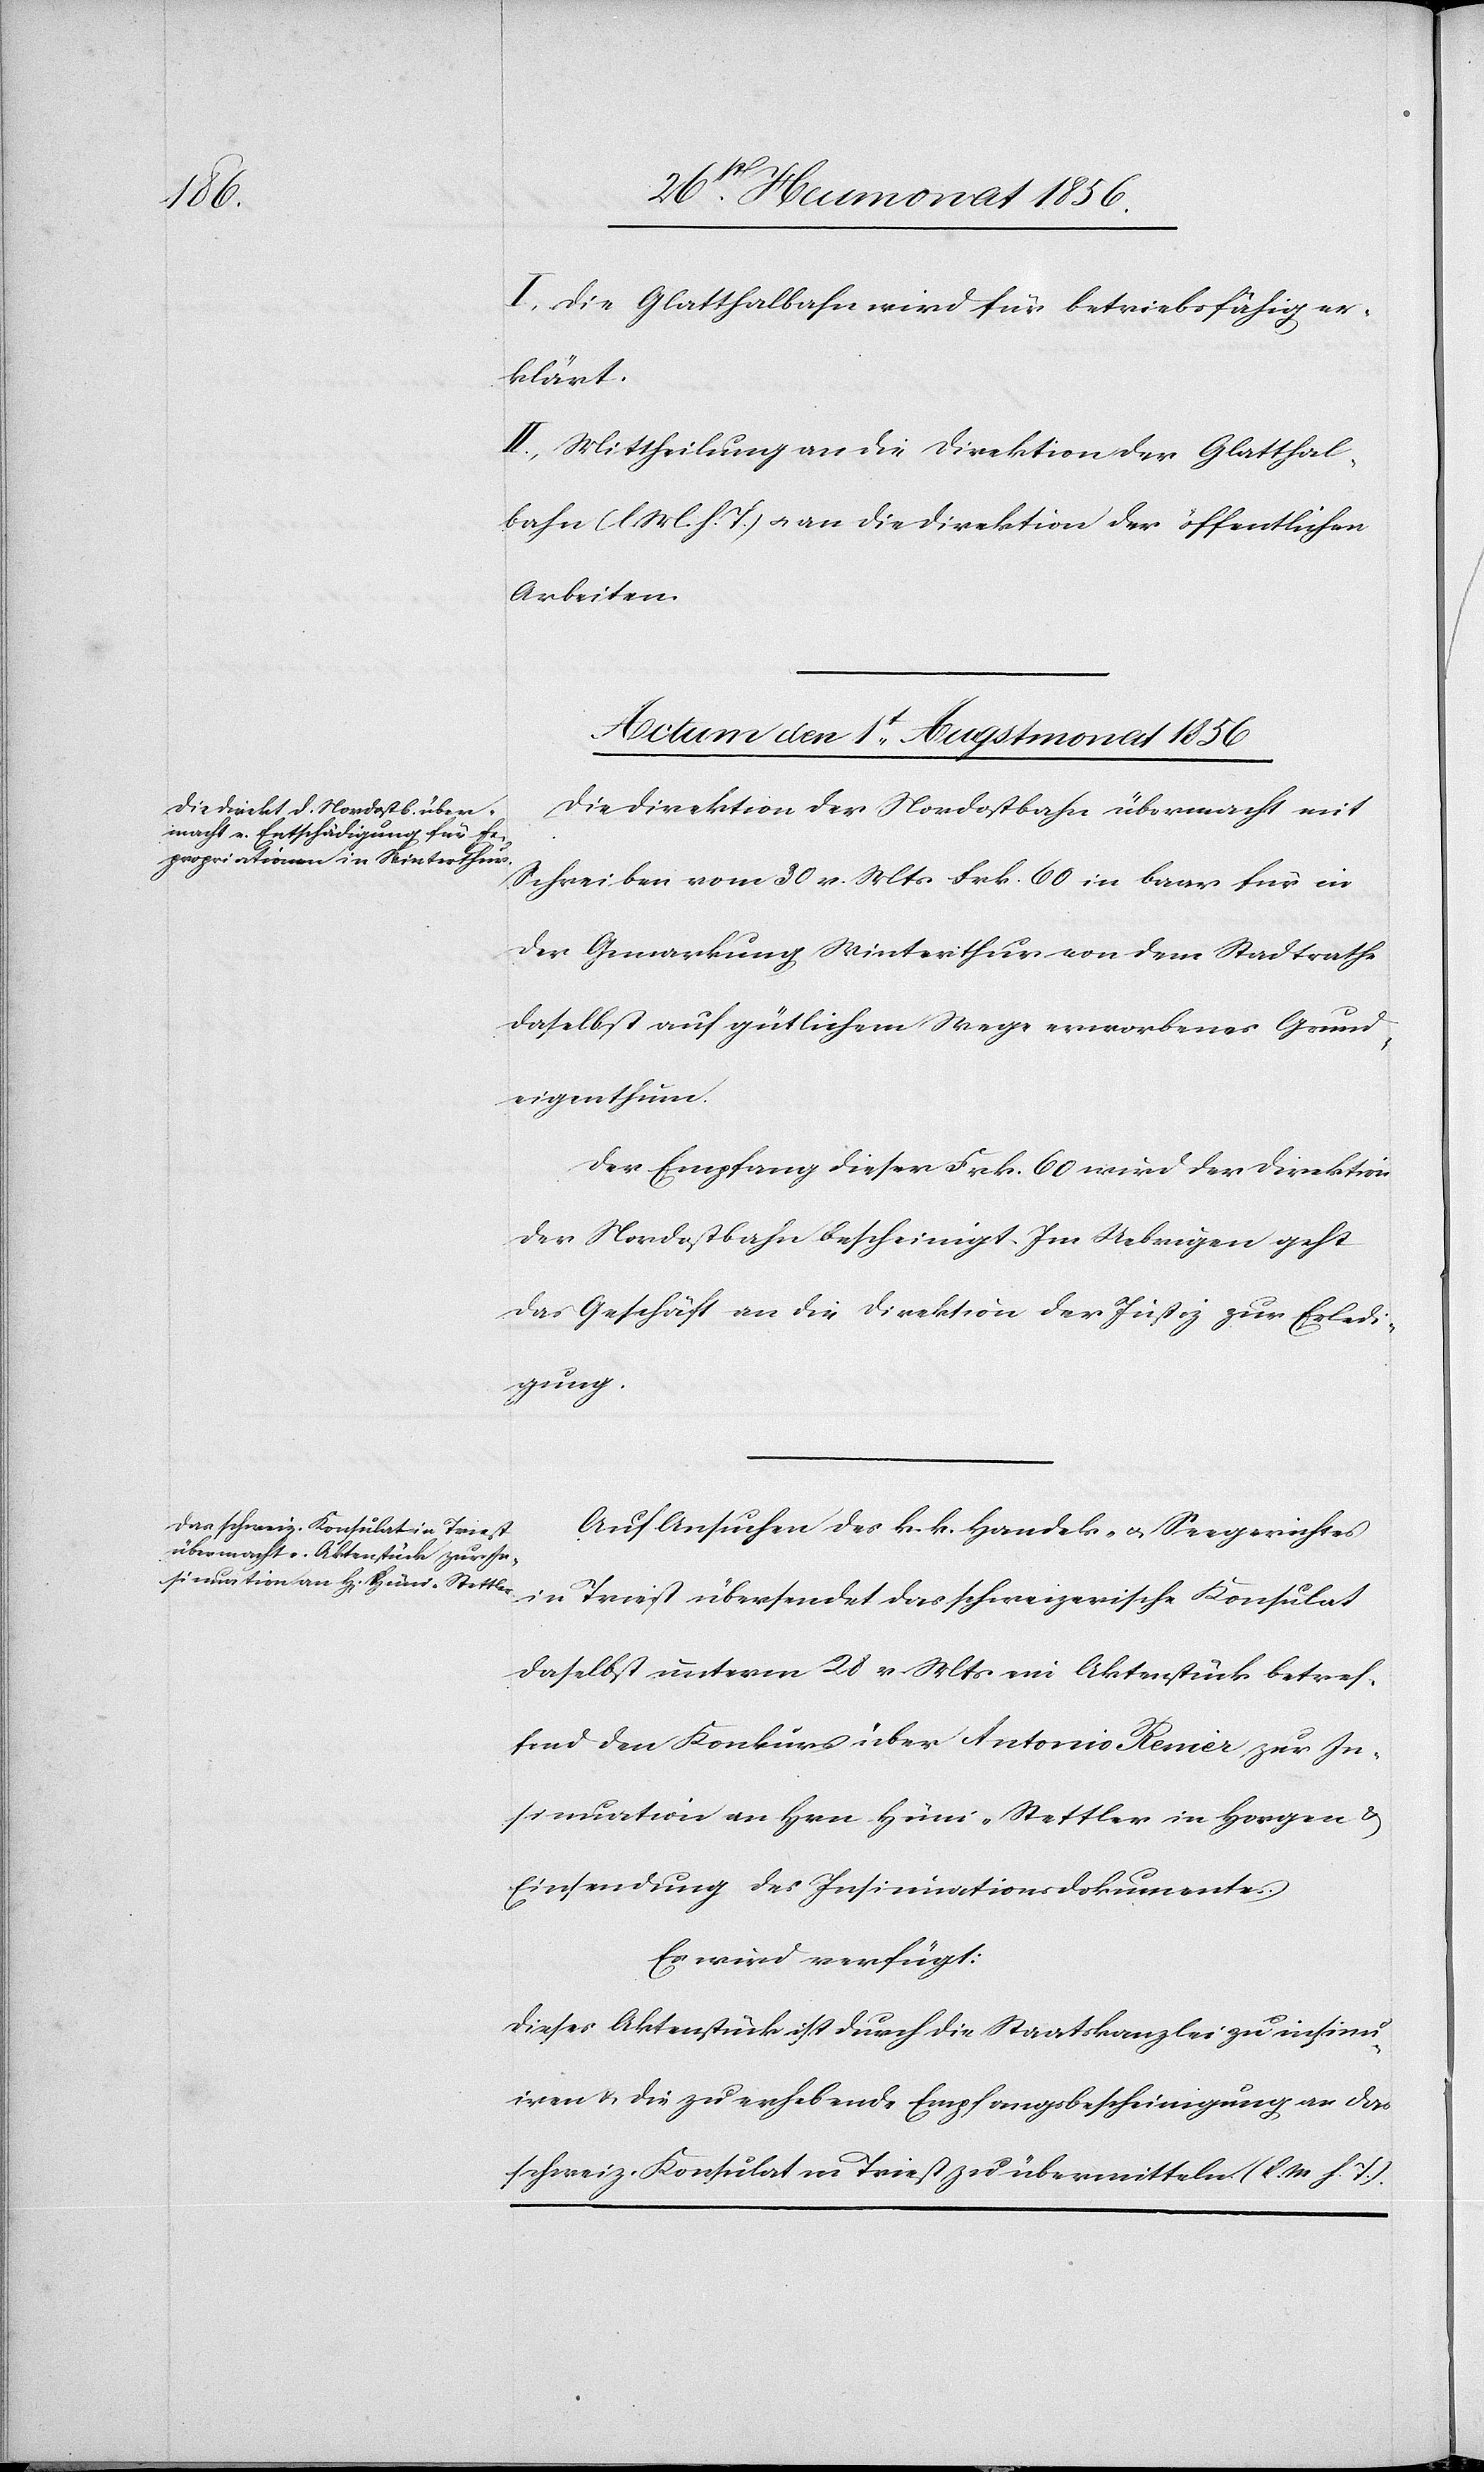
I.) Die Glatthalbahn wird für betriebsfähig er¬
klärt.
II.) Mittheilung an die Direktion der Glatthal¬
bahn (l M. h. T.) u. an die Direktion der öffentlichen
Arbeiten.
Actum den 1t Augstmonat 1856]
Die Direktion der Nordostbahn übermacht mit
Schreiben vom 30 v. Mts Frk. 60 in baar für in
der Gemarkung Winterthur von dem Stadtrathe
daselbst auf gütlichem Wege erworbenes Grund¬
eigenthum.
Der Empfang dieser Frk. 60 wird der Direktion
der Nordostbahn bescheinigt. Im Uebrigen geht
das Geschäft an die Direktion der Justiz zur Erledi¬
gung.
Auf Ansuchen des k. k. Handels- u. Seegerichtes
in
Triest übersendet das schweizerische Konsulat
daselbst unterm 28 v. Mts ein Aktenstück betref¬
fend den Konkurs über Antonio Renier zur In¬
sinuation an Hrn Hüni-Stettler in Horgen &
Einsendung des Insinuationsdokumentes.
Es wird verfügt:
Dieses Aktenstück ist durch die Staatskanzlei zu insinu¬
iren u. die zu erhebende Empfangsbescheinigung an das
schweiz. Konsulat in Triest zu übermitteln. (l. M. h. T.)